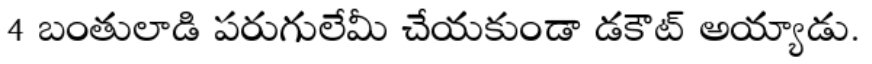
4 బంతులాడి పరుగులేమీ చేయకుండా డకౌట్ అయ్యాడు.